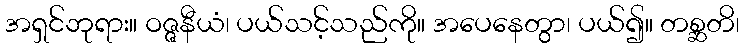
အရှင်ဘုရား။ ဝဇ္ဇနီယံ၊ ပယ်သင့်သည်ကို။ အပေနေတွာ၊ ပယ်၍။ တစ္ဆတိ၊